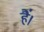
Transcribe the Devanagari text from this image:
है॑।